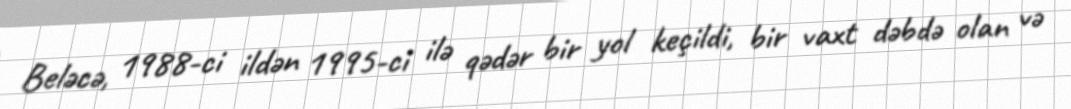
Beləcə, 1988-ci ildən 1995-ci ilə qədər bir yol keçildi, bir vaxt dəbdə olan və